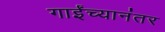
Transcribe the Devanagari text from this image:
गाईंच्यानंतर